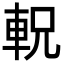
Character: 軦